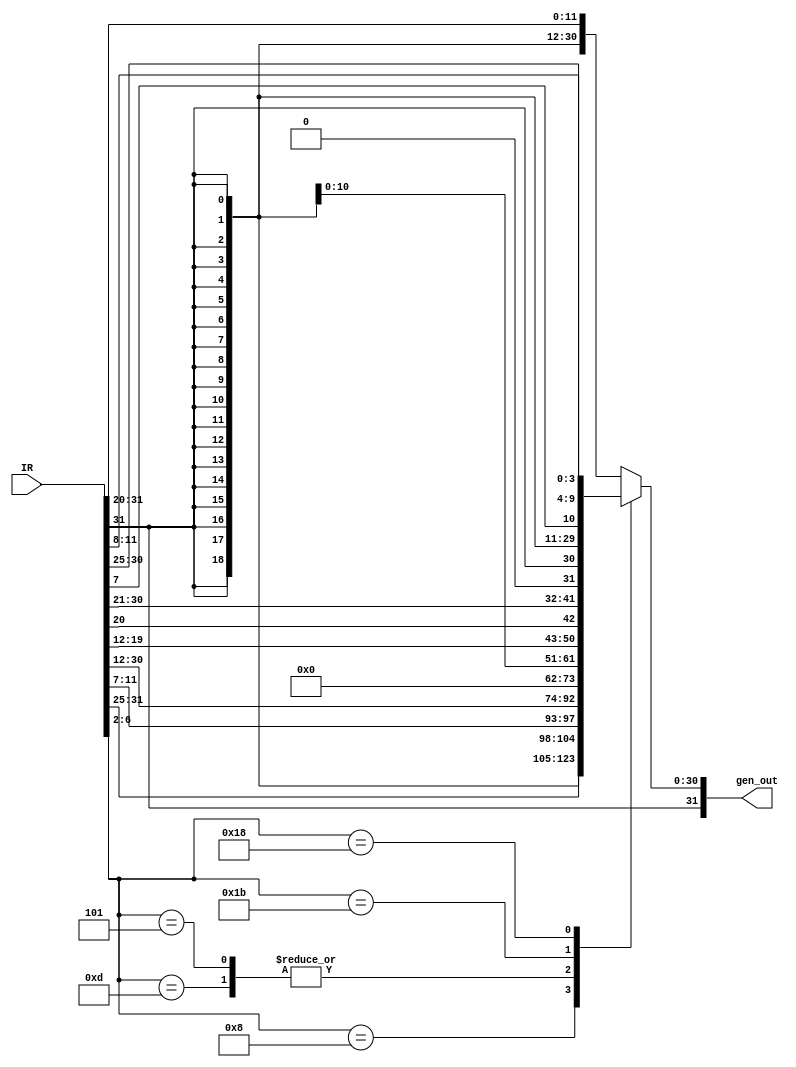
`timescale 1ns / 1ps
//////////////////////////////////////////////////////////////////////////////////
// Company: 
// Engineer: 
// 
// Design Name: 
// Module Name: ImmGen
// Project Name: 
// Target Devices: 
// Tool Versions: 
// Description: 
// 
// Dependencies: 
// 
// Revision:
// Revision 0.01 - File Created
// Additional Comments:
// 
//////////////////////////////////////////////////////////////////////////////////
`define     IR_rs1          19:15
`define     IR_rs2          24:20
`define     IR_rd           11:7
`define     IR_opcode       6:2
`define     IR_funct3       14:12
`define     IR_funct7       31:25
`define     IR_shamt        24:20

`define     OPCODE_Branch   5'b11_000
`define     OPCODE_Load     5'b00_000
`define     OPCODE_Store    5'b01_000
`define     OPCODE_JALR     5'b11_001
`define     OPCODE_JAL      5'b11_011
`define     OPCODE_Arith_I  5'b00_100
`define     OPCODE_Arith_R  5'b01_100
`define     OPCODE_AUIPC    5'b00_101
`define     OPCODE_LUI      5'b01_101
`define     OPCODE_SYSTEM   5'b11_100 
`define     OPCODE_Custom   5'b10_001

`define     F3_ADD          3'b000
`define     F3_SLL          3'b001
`define     F3_SLT          3'b010
`define     F3_SLTU         3'b011
`define     F3_XOR          3'b100
`define     F3_SRL          3'b101
`define     F3_OR           3'b110
`define     F3_AND          3'b111

`define     BR_BEQ          3'b000
`define     BR_BNE          3'b001
`define     BR_BLT          3'b100
`define     BR_BGE          3'b101
`define     BR_BLTU         3'b110
`define     BR_BGEU         3'b111

`define     OPCODE          IR[`IR_opcode]

`define     ALU_ADD         4'b00_00
`define     ALU_SUB         4'b00_01
`define     ALU_PASS        4'b00_11
`define     ALU_OR          4'b01_00
`define     ALU_AND         4'b01_01
`define     ALU_XOR         4'b01_11
`define     ALU_SRL         4'b10_00
`define     ALU_SRA         4'b10_10
`define     ALU_SLL         4'b10_01
`define     ALU_SLT         4'b11_01
`define     ALU_SLTU        4'b11_11

`define     SYS_EC_EB       3'b000

//`include "defines.v"
module ImmGen (
    input  wire [31:0]  IR,
    output reg  [31:0]  gen_out
);

always @(*) begin
	case (`OPCODE)
		`OPCODE_Arith_I   : 	gen_out = { {21{IR[31]}}, IR[30:25], IR[24:21], IR[20] };
		`OPCODE_Store     :     gen_out = { {21{IR[31]}}, IR[30:25], IR[11:8], IR[7] };
		`OPCODE_LUI       :     gen_out = { IR[31], IR[30:20], IR[19:12], 12'b0 };
		`OPCODE_AUIPC     :     gen_out = { IR[31], IR[30:20], IR[19:12], 12'b0 };
		`OPCODE_JAL       : 	gen_out = { {12{IR[31]}}, IR[19:12], IR[20], IR[30:25], IR[24:21], 1'b0 };
		`OPCODE_JALR      : 	gen_out = { {21{IR[31]}}, IR[30:25], IR[24:21], IR[20] };
		`OPCODE_Branch    : 	gen_out = { {21{IR[31]}}, IR[7], IR[30:25], IR[11:8]};   //Error here I removed a zero from the end
		default           : 	gen_out = { {21{IR[31]}}, IR[30:25], IR[24:21], IR[20] }; // IMM_I
	endcase 
end

endmodule